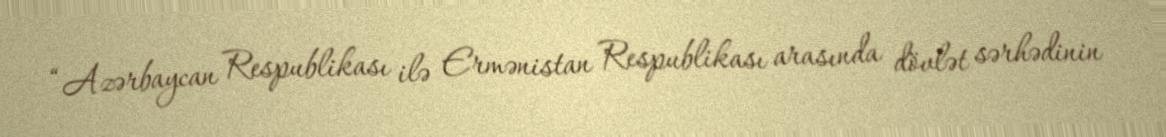
“Azərbaycan Respublikası ilə Ermənistan Respublikası arasında dövlət sərhədinin